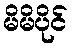
မိမိပိုင်